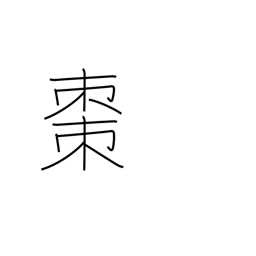
Meaning: jujube